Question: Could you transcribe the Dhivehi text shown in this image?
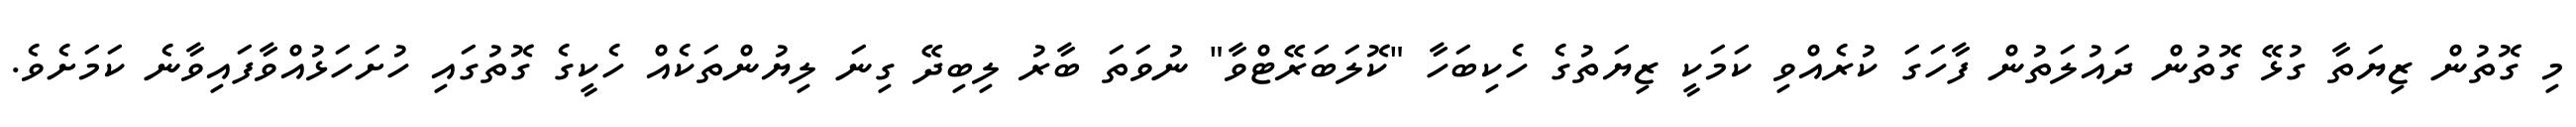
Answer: މި ގޮތުން ޒިޔަތާ ގުޅޭ ގޮތުން ދައުލަތުން ފާހަގަ ކުރެއްވި ކަމަކީ ޒިޔަތުގެ ހެކިބަހާ "ކޮލަބަރޭޓްވާ" ނުވަތަ ބާރު ލިބިދޭ ގިނަ ލިޔުންތަކެއް ހެކީގެ ގޮތުގައި ހުށަހަޅުއްވާފައިވާނެ ކަމަށެވެ.